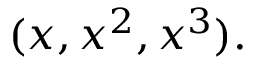
( x , x ^ { 2 } , x ^ { 3 } ) .